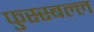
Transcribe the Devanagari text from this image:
फुस्स्बल्ल